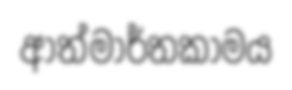
ආත්මාර්තකාමය